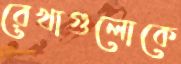
রেখাগুলোকে